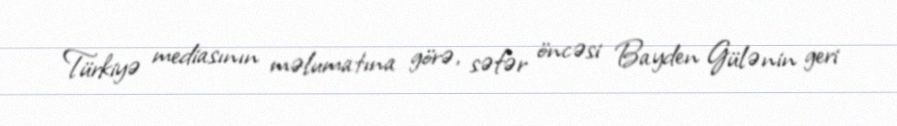
Türkiyə mediasının məlumatına görə, səfər öncəsi Bayden Gülənin geri